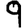
Digit: 9